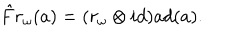
LaTeX: \hat { F } r _ { \omega } ( a ) = ( r _ { \omega } \otimes i d ) a d ( a ) .